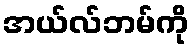
အယ်လ်ဘမ်ကို